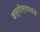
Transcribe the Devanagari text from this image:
वस्तीस्थानांचे